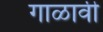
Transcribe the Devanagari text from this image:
गाळावी